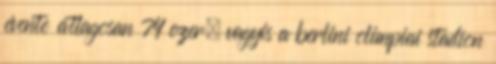
évente átlagosan 74 ezer, vagyis a berlini olimpiai stadion